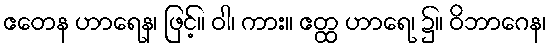
ဧတေန ဟာရေန၊ ဖြင့်။ ဝါ၊ ကား။ ဧတ္ထ ဟာရေ၊ ၌။ ဝိဘာဂေန၊